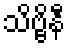
သိဗ္ဗိနီ